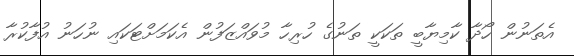
އެތަނުން ހޯދާ ކާމިޔާބީ ތަކަކީ ތަނުގެ ހުރިހާ މުވައްޒަފުން އެކަމަށްޓަކައި ނުހަނު އުފާކުރާ